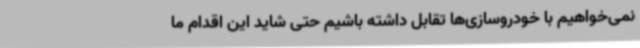
نمی‌خواهیم با خودروسازی‌ها تقابل داشته باشیم حتی شاید این اقدام ما